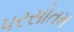
પરસોતમ